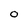
Character: o